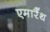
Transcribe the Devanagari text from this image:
एमारैंथ